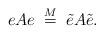
LaTeX: \begin{align*}eAe\;\stackrel{M}{=}\; \tilde{e}A\tilde{e}.\end{align*}